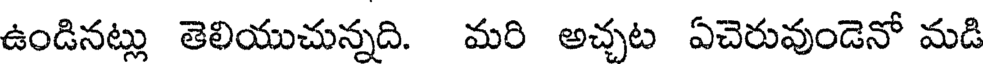
ఉండినట్లు తెలియుచున్నది. మరి అచ్చట ఏచెరువుండెనో మడి